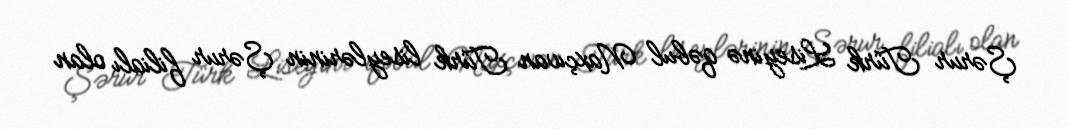
Şərur Türk Liseyinə qəbul Naxçıvan Türk liseylərinin Şərur filialı olan